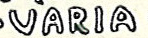
VARIA